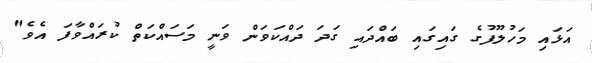
އަޅައި މަހުލޫފުގެ ގައިގައި ބައްދައި ގަދަ ދައްކަވަން ވަނީ މަސައްކަތް ކުރައްވާފަ އެވެ"